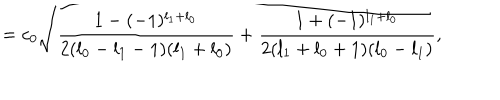
= c _ { 0 } \sqrt { \frac { 1 - ( - 1 ) ^ { l _ { 1 } + l _ { 0 } } } { 2 ( l _ { 0 } - l _ { 1 } - 1 ) ( l _ { 1 } + l _ { 0 } ) } + \frac { 1 + ( - 1 ) ^ { l _ { 1 } + l _ { 0 } } } { 2 ( l _ { 1 } + l _ { 0 } + 1 ) ( l _ { 0 } - l _ { 1 } ) } } ,